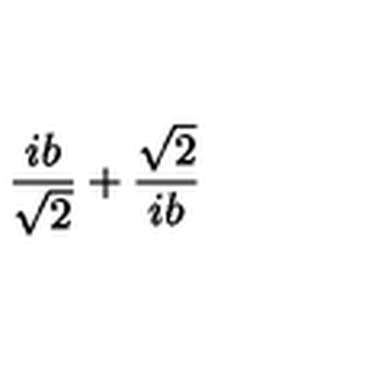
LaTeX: \frac { i b } { \sqrt { 2 } } + \frac { \sqrt { 2 } } { i b }